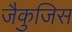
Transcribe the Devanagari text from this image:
जैकुजिस